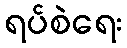
ရပ်စဲရေး